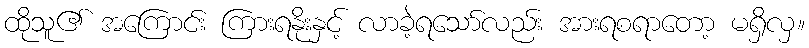
ထိုသူ၏ အကြောင်း ကြားရနိုးနှင့် လာခဲ့ရသော်လည်း အားရစရာတော့ မရှိလှ။